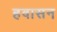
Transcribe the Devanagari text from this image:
हवासन